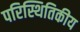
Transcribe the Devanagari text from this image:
परिस्थितिकीय